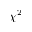
\chi ^ { 2 }